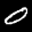
Digit: 0